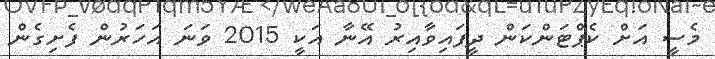
މެސީ އަށް ކެޕްޓަންކަން ދީފައިވާއިރު އޭނާ އަކީ 2015 ވަނަ އަހަރުން ފެށިގެން